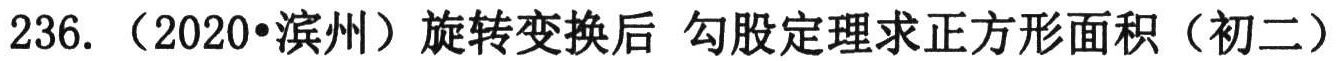
236. （2020•滨州）旋转变换后 勾股定理求正方形面积（初二）